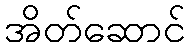
အိတ်ဆောင်